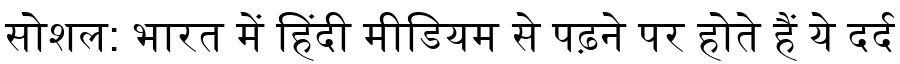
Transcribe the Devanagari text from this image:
सोशल: भारत में हिंदी मीडियम से पढ़ने पर होते हैं ये दर्द